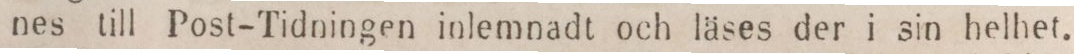
nes till Post-Tidningen inlemnadt och läses der i sin helhet.